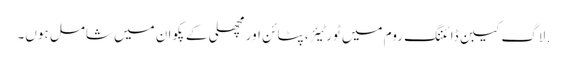
. لاگ کیبن ڈائننگ روم میں ٹورٹیئر ، پٹائن اور مچھلی کے پکوان میں شامل ہوں۔